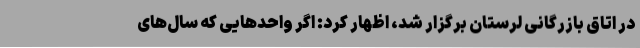
در اتاق بازرگانی لرستان برگزار شد، اظهار کرد: اگر واحدهایی که سال‌های